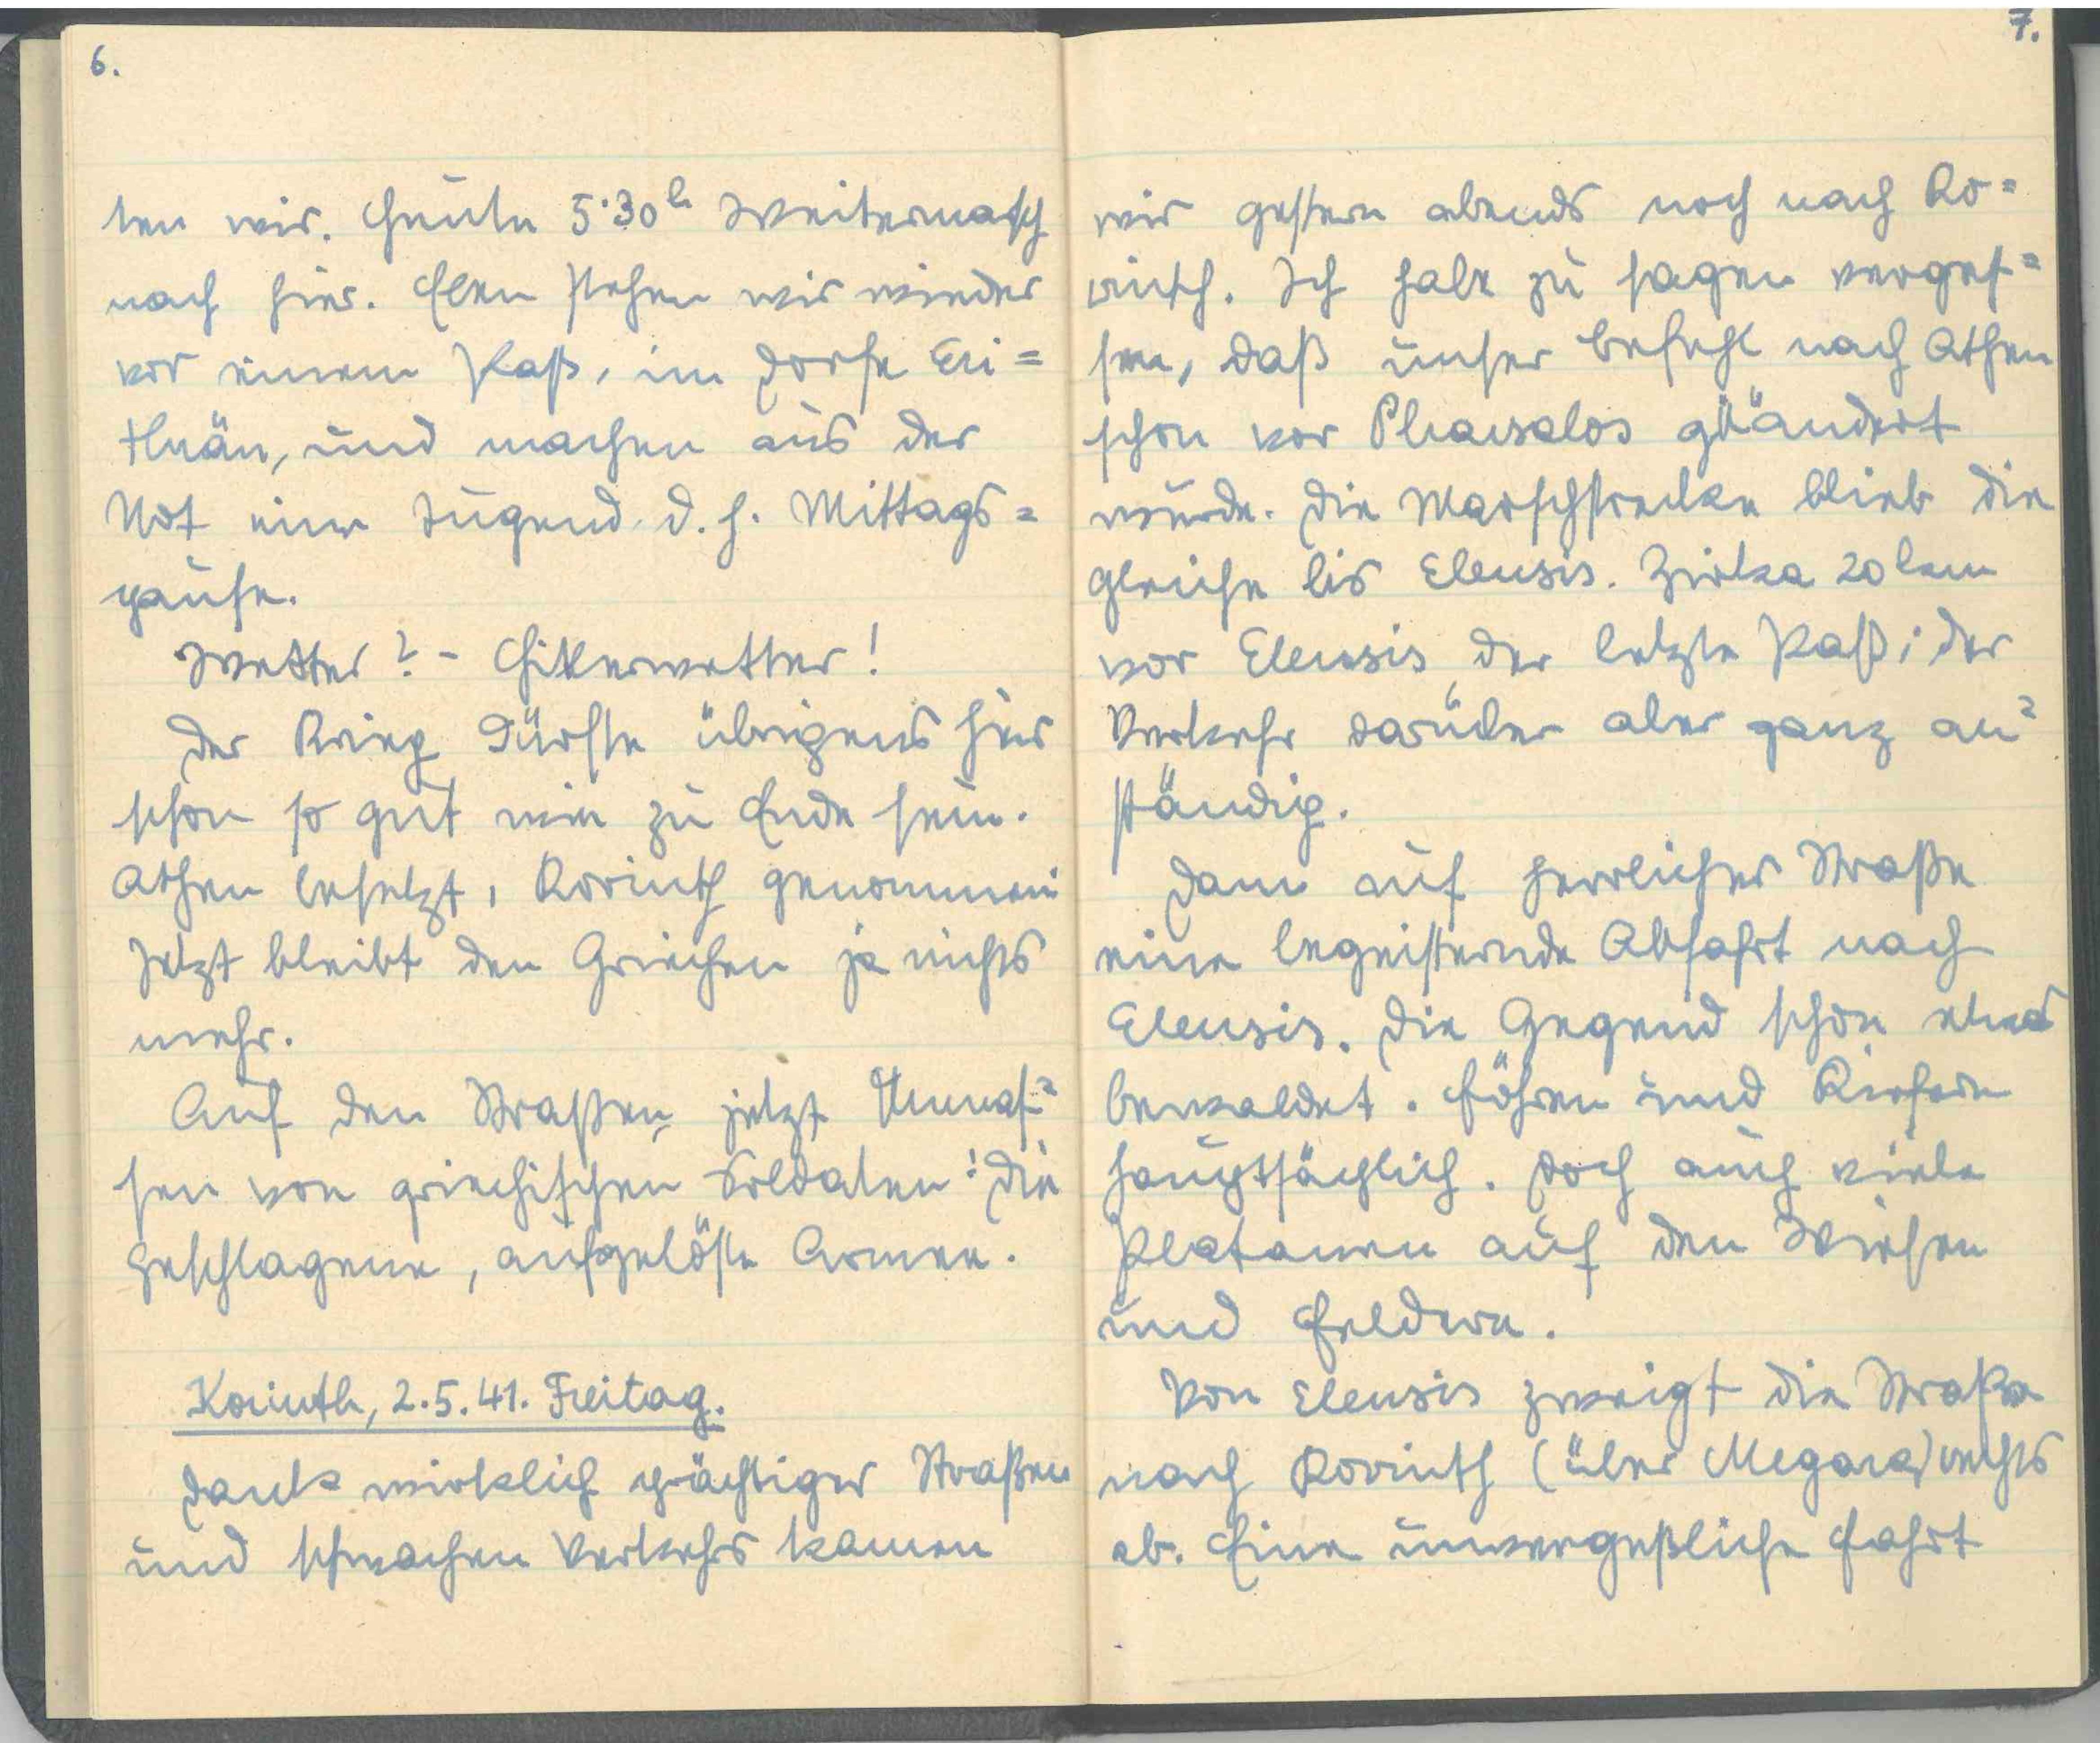
7.
wir gestern abends noch nach Ko¬
rinth. Ich habe zu sagen verges¬
sen, daß unser befehl nach Athen
schon vor Pharsalos geändert
wurde. Die Marschstrecke blieb die
gleiche bis Eleusis. Zirka 20 km
vor Eleusis der letzte Paß; Der
Verkehr darüber aber ganz an¬
ständig.
Dann auf herrlicher Straße
eine begeisternde Abfahrt nach
Eleusis. Die Gegend schon etwas
bewaldet. Föhren und Kiefern
hauptsächlich. Doch auch viele
Platanen auf den Wiesen
und Feldern.
Von Eleusis zweigt die Straße
nach Korinth (über Megara) rechts
ab. Eine unvergeßliche Fahrt

6.
ten wir. Heute 5.30 h Weitermarsch
nach hier. Eben stehen wir wieder
vor einem Paß, im Dorfe Eri¬
thräa, und machen aus der
Not eine Tugend, d. h. Mittags¬
pause.
Wetter? - Hitlerwetter!
Der Krieg dürfte übrigens hier
schon so gut wie zu Ende sein.
Athen besetzt, Korinth genommen
jetzt bleibt den Griechen ja nichts
mehr.
Auf den Straßen jetzt Unmas¬
sen von griechischen Soldaten! Die
geschlagene, aufgelöste Armee.
Korinth, 2. 5. 41. Freitag.
Dank wirklich prächtiger Straßen
und schwachen Verkehr kamen